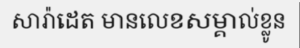
សារ៉ាដេត មានលេខសម្គាល់ខ្លូន